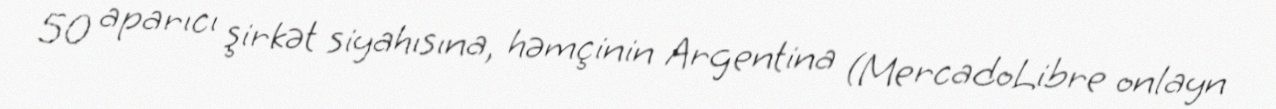
50 aparıcı şirkət siyahısına, həmçinin Argentina (MercadoLibre onlayn